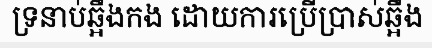
ទ្រនាប់ឆ្អឹងកង ដោយការប្រើប្រាស់ឆ្អឹង